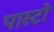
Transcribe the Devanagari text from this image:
पास्टो